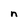
Character: n